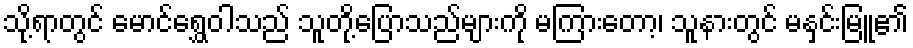
သို့ရာတွင် မောင်ရွှေဝါသည် သူတို့ပြောသည်များကို မကြားတော့၊ သူနားတွင် မနှင်းမြူ၏